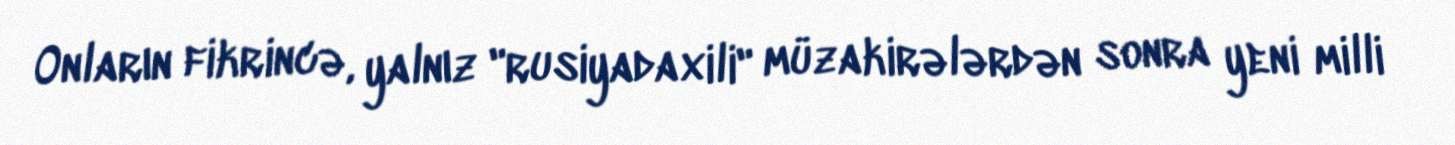
Onların fikrincə, yalnız "rusiyadaxili" müzakirələrdən sonra yeni milli